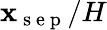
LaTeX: \mathbf{x}_{\mathrm{{~s~e~p~}}}/H